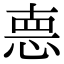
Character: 𢛳